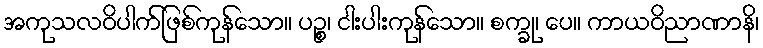
အကုသလဝိပါက်ဖြစ်ကုန်သော။ ပဉ္စ၊ ငါးပါးကုန်သော။ စက္ခု၊ ပေ။ ကာယဝိညာဏာနိ၊